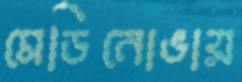
মেডিনোভায়